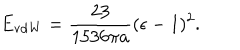
E _ { \mathrm { v d W } } = { \frac { 2 3 } { 1 5 3 6 \pi a } } ( \epsilon - 1 ) ^ { 2 } .